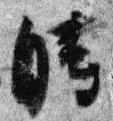
時